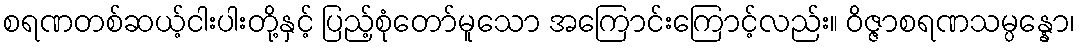
စရဏတစ်ဆယ့်ငါးပါးတို့နှင့် ပြည့်စုံတော်မူသော အကြောင်းကြောင့်လည်း။ ဝိဇ္ဇာစရဏသမ္ပန္နော၊